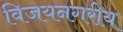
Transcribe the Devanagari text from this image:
विजयनगरीय